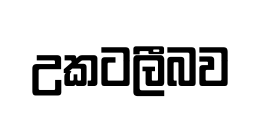
උකටලීබව